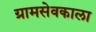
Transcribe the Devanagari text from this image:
ग्रामसेवकाला